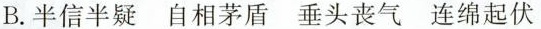
B.半信半疑 自相茅盾 垂头丧气 连绵起伏